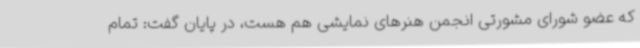
که عضو شورای مشورتی انجمن هنرهای نمایشی هم هست، در پایان گفت: تمام